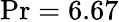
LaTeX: \operatorname*{Pr}=6.67